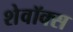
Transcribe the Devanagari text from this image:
शेवॉक्स